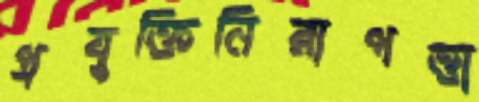
প্রযুক্তিনিরাপত্তা